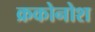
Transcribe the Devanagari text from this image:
क्रकोनोश